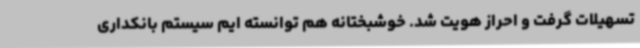
تسهیلات گرفت و احراز هویت شد. خوشبختانه هم توانسته ایم سیستم بانکداری